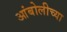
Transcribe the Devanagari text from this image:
आंबोलीच्या